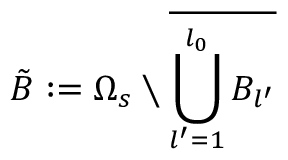
\tilde { B } : = \Omega _ { s } \setminus \overline { { \bigcup _ { l ^ { \prime } = 1 } ^ { l _ { 0 } } B _ { l ^ { \prime } } } }